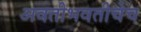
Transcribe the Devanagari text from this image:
अवतीभवतीचेच